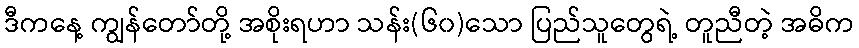
ဒီကနေ့ ကျွန်တော်တို့ အစိုးရဟာ သန်း(၆၀)သော ပြည်သူတွေရဲ့ တူညီတဲ့ အဓိက